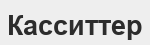
Касситтер